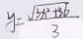
y = \frac { \sqrt { 3 x ^ { 2 } + 3 6 } } { 3 }